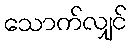
သောက်လျှင်